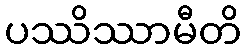
ပဿိဿာမီတိ